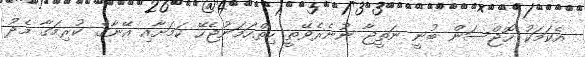
އެކަމަކު ހޮޖްސަން ބުނީ ނަތީޖާ ނުނެރެވޭތީ ހިތްހަމަނުޖެހޭ ކަމަށާއި އޭނާގެ ކުރިމަގާ މެދު